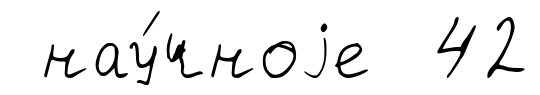
нау́чноjе 42